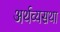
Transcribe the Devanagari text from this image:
अर्थव्यसथा